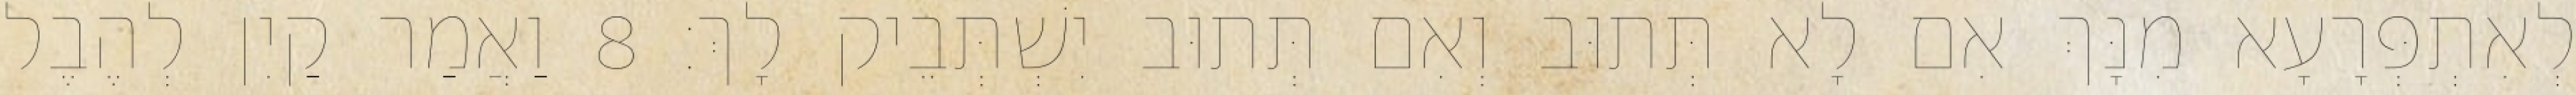
לְאִתְפְּרָעָא מִנָּךְ אִם לָא תְּתוּב וְאִם תְּתוּב יִשְׁתְּבֵיק לָךְ׃ 8 וַאֲמַר קַיִן לְהֶבֶל